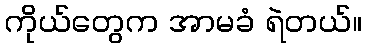
ကိုယ်တွေက အာမခံ ရဲတယ်။